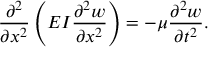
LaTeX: { \frac { \partial ^ { 2 } } { \partial x ^ { 2 } } } \left( E I { \frac { \partial ^ { 2 } w } { \partial x ^ { 2 } } } \right) = - \mu { \frac { \partial ^ { 2 } w } { \partial t ^ { 2 } } } .